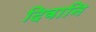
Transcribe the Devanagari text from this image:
दिवानि